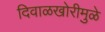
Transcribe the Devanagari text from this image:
दिवाळखोरीमुळे